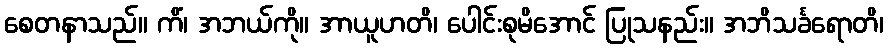
စေတနာသည်။ ကိံ၊ အဘယ်ကို။ အာယူဟတိ၊ ပေါင်းစုမိအောင် ပြုသနည်း။ အဘိသင်္ခရောတိ၊